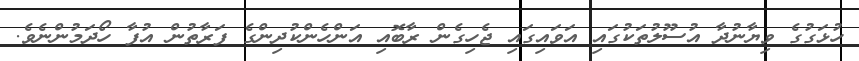
ހުޅަގުގެ ވިޔާނުދާ އުސޫލުތަކުގައި އަވައިގައި ޖެހިގެން ރާބޮއި އަންހެންކުދިންގެ ފަރާތުން އުފާ ހޯދަމުންނެވެ.